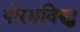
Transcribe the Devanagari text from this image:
पोरसविरुद्ध